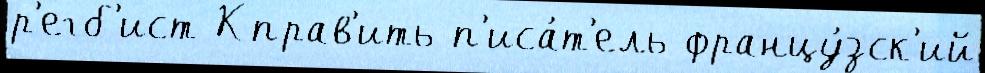
р'егб'ист Кправ'ить п'иса́т'ель францу́зск'ий